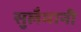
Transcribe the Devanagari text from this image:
सुलैमानी